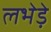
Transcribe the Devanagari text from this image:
लभेड़े